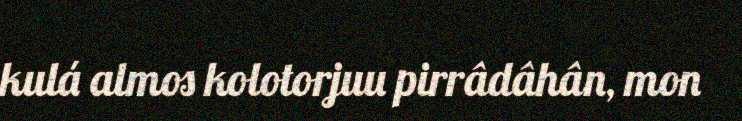
kulá almos kolotorjuu pirrâdâhân, mon